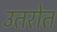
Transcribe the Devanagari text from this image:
उतरोत